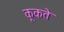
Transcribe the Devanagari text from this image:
कूकते